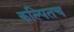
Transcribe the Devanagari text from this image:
कल्पितच